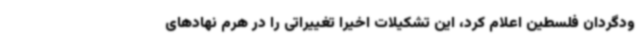
ودگردان فلسطین اعلام کرد، این تشکیلات اخیرا تغییراتی را در هرم نهادهای